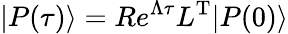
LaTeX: |P(\tau)\rangle=Re^{\Lambda\tau}L^{\mathrm{T}}|P(0)\rangle